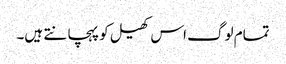
تمام لوگ اس کھیل کو پہچانتے ہیں۔